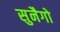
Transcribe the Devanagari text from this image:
सुनैगो